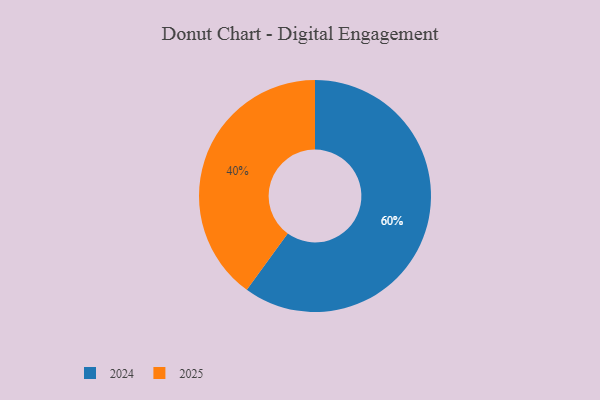
{"axis": {"x": "Category", "y": "Percentage"}, "legend": ["2024", "2025"], "data": [{"x": "2024", "y": 60, "type": "2024"}, {"x": "2025", "y": 40, "type": "2025"}]}